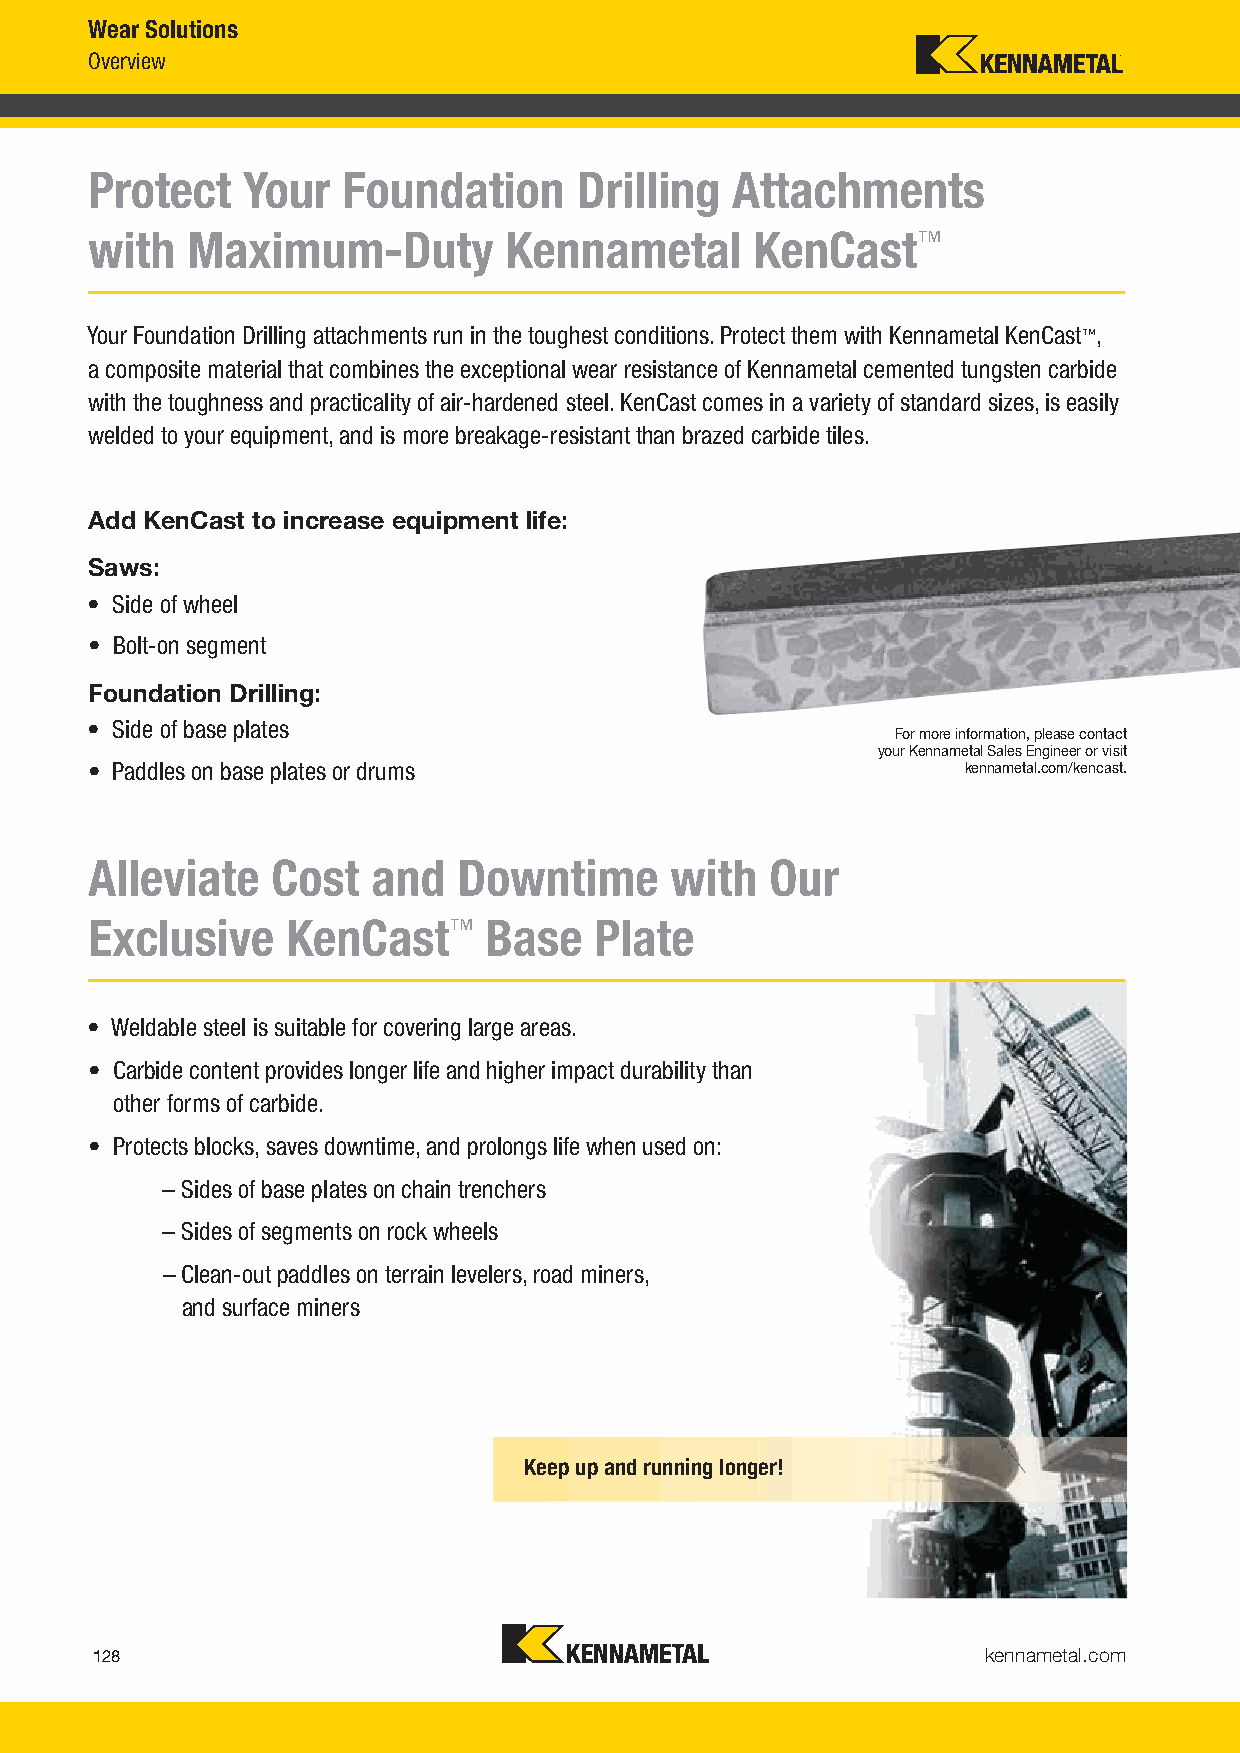
Wear Solutions
 Overview
 Protect   Your   Foundation     Drilling   Attachments
 with   Maximum-Duty         Kennametal      KenCast™
 Your Foundation Drilling attachments run in the toughest conditions. Protect them with Kennametal KenCast™,
 a composite material that combines the exceptional wear resistance of Kennametal cemented tungsten carbide
 with the toughness and practicality of air-hardened steel. KenCast comes in a variety of standard sizes, is easily
 welded to your equipment, and is more breakage-resistant than brazed carbide tiles.
 Add KenCast to increase equipment life:
 Saws:
 • Side of wheel
 • Bolt-on segment
 Foundation Drilling:
 • Side of base plates
 For more information, please contact
 your Kennametal Sales Engineer or visit
 • Paddles on base plates or drums                         kennametal.com/kencast.
 Alleviate   Cost   and  Downtime       with  Our
 Exclusive    KenCast™     Base   Plate
 • Weldable steel is suitable for covering large areas.
 • Carbide content provides longer life and higher impact durability than
 other forms of carbide.
 • Protects blocks, saves downtime, and prolongs life when used on:
 – Sides of base plates on chain trenchers
 – Sides of segments on rock wheels
 – Clean-out paddles on terrain levelers, road miners,
 and surface miners
 Keep up and running longer!
 kennametal.com
 128
 KMT_FounLdation_DrillingV_2016i_CataKloMg_T128F_129.inddd i 128Dilli 2016 C l 128 129O b 6 2016858AM 10/13/16 3:30 PM